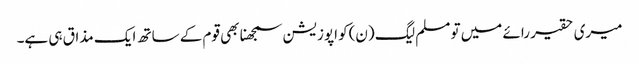
میری حقیر رائے میں تو مسلم لیگ (ن)کو اپوزیشن سمجھنا بھی قوم کے ساتھ ایک مذاق ہی ہے۔